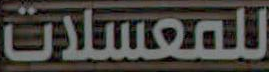
للمعسلات